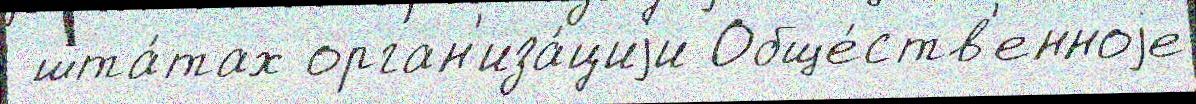
 шта́тах орган'иза́циjи Обще́ств'енноjе